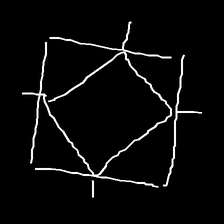
Glyph: light